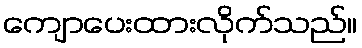
ကျောပေးထားလိုက်သည်။